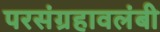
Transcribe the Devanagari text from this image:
परसंग्रहावलंबी